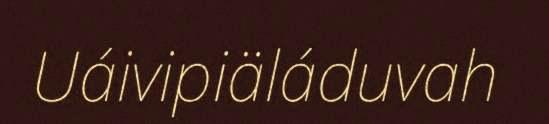
Uáivipiäláduvah